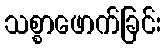
သစ္စာဖောက်ခြင်း